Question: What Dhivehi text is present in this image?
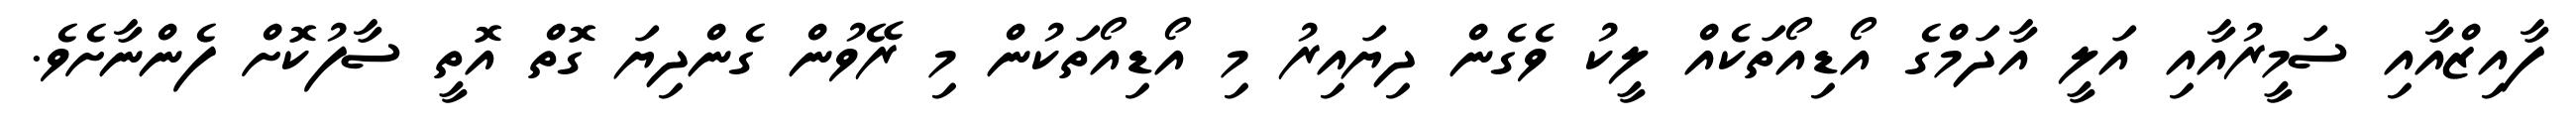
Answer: ފާއިޒްއާއި ސަމީރުއާއި އަލީ އާދަމްގެ އޯޑިއޯތަކެއް ލީކު ވެގެން ދިޔައިރު މި އޯޑިއޯތަކުން މި ރޭވުން ގެންދިޔަ ގޮތް އޮތީ ސާފުކޮށް ފެންނާށެވެ.